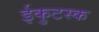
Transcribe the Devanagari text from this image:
ईकुटस्क